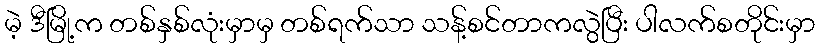
မဲ့ ဒီမြို့က တစ်နှစ်လုံးမှာမှ တစ်ရက်သာ သန့်စင်တာကလွဲပြီး ပါလက်စတိုင်းမှာ